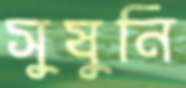
সুষুনি